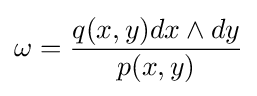
\omega ={\frac {q(x,y)dx\wedge dy}{p(x,y)}}